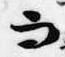
而